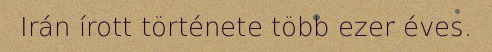
Irán írott története több ezer éves.